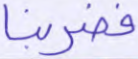
فضربنا